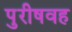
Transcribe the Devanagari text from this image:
पुरीषवह